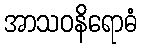
အာသဝနိရောဓံ